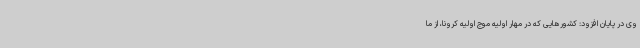
وی در پایان افزود: کشورهایی که در مهار اولیه موج اولیه کرونا، از ما